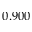
0 . 9 0 0